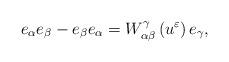
LaTeX: \begin{align*}e_{\alpha }e_{\beta }-e_{\beta }e_{\alpha }=W_{\alpha \beta }^{\gamma}\left( u^{\varepsilon }\right) e_{\gamma }, \end{align*}